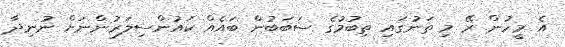
އެ މީހުން ރޭ މި ތަނުގައި ތިބުމުގެ ސަބަބުން ބައެއް ކައުންސިލަރުންނަށް ނުނިދާ